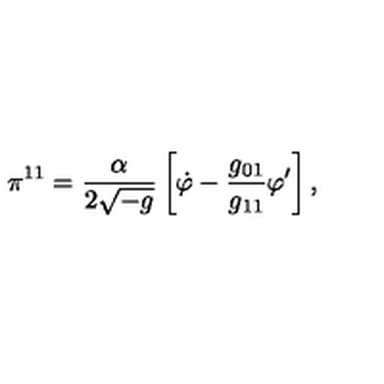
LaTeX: \pi ^ { 1 1 } = \frac { \alpha } { 2 \sqrt { - g } } \left[ \dot { \varphi } - \frac { g _ { 0 1 } } { g _ { 1 1 } } \varphi ^ { \prime } \right] ,